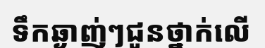
ទឹកឆ្ងាញ់ៗជូនថ្នាក់លើ